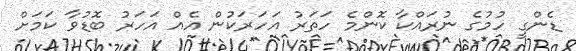
ޑެންގީ ހުމުގެ ނުރައްކާ ކޮންމެ ހަތަރު އަހަރަކުން އެއް އަހަރު ބޮޑުވާ ކަމަށް